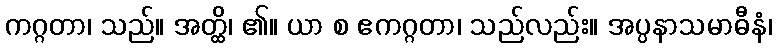
ကဂ္ဂတာ၊ သည်။ အတ္ထိ၊ ၏။ ယာ စ ဧကဂ္ဂတာ၊ သည်လည်း။ အပ္ပနာသမာဓီနံ၊